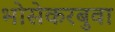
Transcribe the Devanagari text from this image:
भोसेकरबुवा